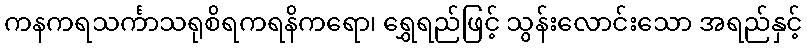
ကနကရသင်္ကာသရုစိရကရနိကရော၊ ရွှေရည်ဖြင့် သွန်းလောင်းသော အရည်နှင့်